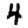
Digit: 4